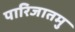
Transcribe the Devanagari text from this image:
पारिजातमु